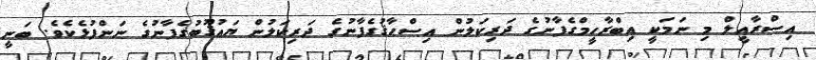
އިސްރާއީލް މި ނަމަކީ އިބްރާހީމްގެފާނުގެ ދަރިކަލުން އިސްޙާޤުގެފާނުގެ ދަރިކަލުން ޔަޢުޤޫބުގެފާނުގެ ނަންފުޅެކެވެ. ބަނީ